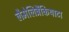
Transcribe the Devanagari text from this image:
लैमेलिब्रैंकियाटा